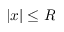
| x | \le R